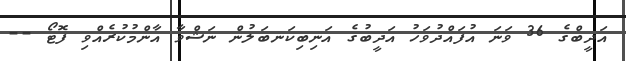
އަދީބްގެ 36 ވަނަ އުފައްދުވަހު އަދީބުގެ އަނިބިކަނބަލުން ނަޝްވާ އާންމުކުރެއްވި ފޮޓޯ --